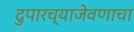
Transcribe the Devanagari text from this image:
दुपारच्याजेवणाचा